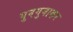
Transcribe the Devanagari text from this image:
गुनगुनाकर